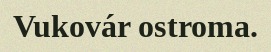
Vukovár ostroma.